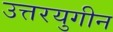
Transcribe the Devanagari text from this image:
उत्तरयुगीन